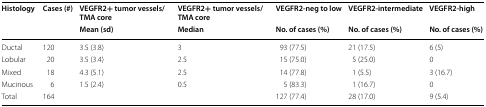
<table><thead><tr><td rowspan="2"><b>Histology</b></td><td rowspan="2"><b>Cases (#)</b></td><td><b>VEGFR2+ tumor vessels/TMA core</b></td><td><b>VEGFR2+ tumor vessels/TMA core</b></td><td><b>VEGFR2-neg to low</b></td><td><b>VEGFR2-intermediate</b></td><td><b>VEGFR2-high</b></td></tr><tr><td><b>Mean (sd)</b></td><td><b>Median</b></td><td><b>No. of cases (%)</b></td><td><b>No. of cases (%)</b></td><td><b>No. of cases (%)</b></td></tr></thead><tbody><tr><td>Ductal</td><td>120</td><td>3.5 (3.8)</td><td>3</td><td>93 (77.5)</td><td>21 (17.5)</td><td>6 (5)</td></tr><tr><td>Lobular</td><td>20</td><td>3.5 (3.4)</td><td>2.5</td><td>15 (75.0)</td><td>5 (25.0)</td><td>0</td></tr><tr><td>Mixed</td><td>18</td><td>4.3 (5.1)</td><td>2.5</td><td>14 (77.8)</td><td>1 (5.5)</td><td>3 (16.7)</td></tr><tr><td>Mucinous</td><td>6</td><td>1.5 (2.4)</td><td>0.5</td><td>5 (83.3)</td><td>1 (16.7)</td><td>0</td></tr><tr><td>Total</td><td>164</td><td></td><td></td><td>127 (77.4)</td><td>28 (17.0)</td><td>9 (5.4)</td></tr></tbody></table>